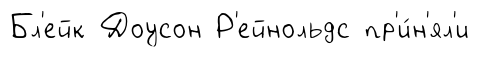
Бл'ейк Доусон Р'ейнольдс пр'и́н'ял'и